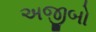
અજીબો